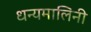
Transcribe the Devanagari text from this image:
धन्यमालिनी